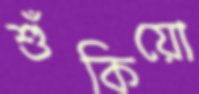
শুঁকিয়ো